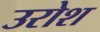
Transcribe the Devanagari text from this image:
उरोश